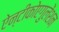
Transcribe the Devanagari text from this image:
ऐन्टीकोएगुलेंशन